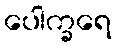
ပေါက္ခရေ